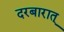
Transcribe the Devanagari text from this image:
दरबारात्